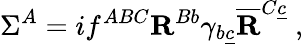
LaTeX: \Sigma^{A}=if^{ABC}{\mathbf R}^{Bb}\gamma_{b\underline{{c}}}\overline{{{\mathbf R}}}^{C\underline{{c}}}\ ,